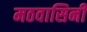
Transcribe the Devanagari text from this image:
मठवासिनी